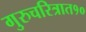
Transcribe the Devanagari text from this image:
गुरुचरित्रात१०